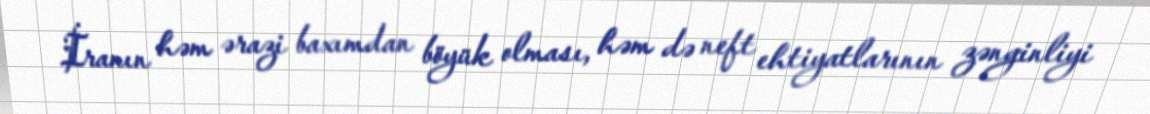
İranın həm ərazi baxımdan böyük olması, həm də neft ehtiyatlarının zənginliyi